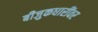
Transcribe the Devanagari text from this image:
बीजुकधारींवर